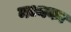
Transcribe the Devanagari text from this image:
मध्यका